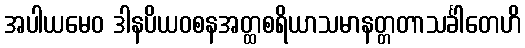
အပါယမေဝ ဒါနပိယဝစနအတ္ထစရိယာသမာနတ္တတာသင်္ခါတေဟိ